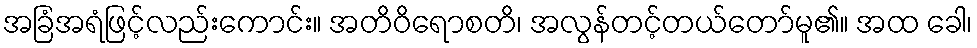
အခြံအရံဖြင့်လည်းကောင်း။ အတိဝိရောစတိ၊ အလွန်တင့်တယ်တော်မူ၏။ အထ ခေါ၊